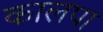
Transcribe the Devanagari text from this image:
कालपा